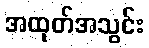
အထုတ်အသွင်း